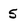
Character: 5